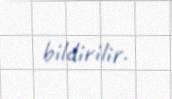
bildirilir.